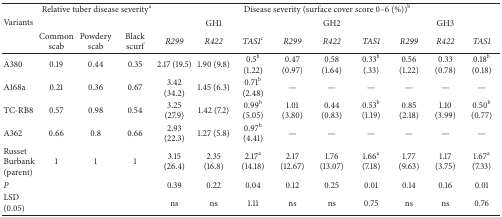
<table><thead><tr><td rowspan="3"><b>Variants</b></td><td colspan="3"><b>Relative tuber disease severity<sup>a</sup></b></td><td colspan="9"><b>Disease severity (surface cover score 0–6 (%))<sup>b</sup></b></td></tr><tr><td colspan="3"><b> </b></td><td colspan="3"><b>GH1</b></td><td colspan="3"><b>GH2</b></td><td colspan="3"><b>GH3</b></td></tr><tr><td><b>Common scab</b></td><td><b>Powdery scab</b></td><td><b>Black scurf</b></td><td><b><i>R299 </i></b></td><td><b><i>R422 </i></b></td><td><b><i>TAS1</i><sup>c</sup></b></td><td><b><i>R299 </i></b></td><td><b><i>R422 </i></b></td><td><b><i>TAS1 </i></b></td><td><b><i>R299 </i></b></td><td><b><i>R422 </i></b></td><td><b><i>TAS1 </i></b></td></tr></thead><tbody><tr><td>A380</td><td>0.19</td><td>0.44</td><td>0.35</td><td>2.17 (19.5)</td><td>1.90 (9.8)</td><td>0.5<sup>b</sup> (1.22)</td><td>0.47 (0.97)</td><td>0.58 (1.64)</td><td>0.33<sup>b</sup> (.33)</td><td>0.56 (1.22)</td><td>0.33 (0.78)</td><td>0.18<sup>b</sup> (0.18)</td></tr><tr><td>A168a</td><td>0.21</td><td>0.36</td><td>0.67</td><td>3.42 (34.2)</td><td>1.45 (6.3)</td><td>0.71<sup>b</sup> (2.48)</td><td>—</td><td>—</td><td>—</td><td>—</td><td>—</td><td>—</td></tr><tr><td>TC-RB8</td><td>0.57</td><td>0.98</td><td>0.54</td><td>3.25 (27.9)</td><td>1.42 (7.2)</td><td>0.99<sup>b</sup> (5.05)</td><td>1.01 (3.80)</td><td>0.44 (0.83)</td><td>0.53<sup>b</sup> (1.19)</td><td>0.85 (2.18)</td><td>1.10 (3.99)</td><td>0.50<sup>b</sup> (0.77)</td></tr><tr><td>A362</td><td>0.66</td><td>0.8</td><td>0.66</td><td>2.93 (22.3)</td><td>1.27 (5.8)</td><td>0.97<sup>b</sup> (4.41)</td><td>—</td><td>—</td><td>—</td><td>—</td><td>—</td><td>—</td></tr><tr><td>Russet Burbank (parent)</td><td>1</td><td>1</td><td>1</td><td>3.15 (26.4)</td><td>2.35 (16.8)</td><td>2.17<sup>a</sup> (14.18)</td><td>2.17 (12.67)</td><td>1.76 (13.07)</td><td>1.66<sup>a</sup> (7.18)</td><td>1.77 (9.63)</td><td>1.17 (3.75)</td><td>1.67<sup>a</sup> (7.33)</td></tr><tr><td><i>P </i></td><td> </td><td> </td><td> </td><td>0.39</td><td>0.22</td><td>0.04</td><td>0.12</td><td>0.25</td><td>0.01</td><td>0.14</td><td>0.16</td><td>0.01</td></tr><tr><td>LSD (0.05)</td><td> </td><td> </td><td> </td><td>ns</td><td>ns</td><td>1.11</td><td>ns</td><td>ns</td><td>0.75</td><td>ns</td><td>ns</td><td>0.76</td></tr></tbody></table>